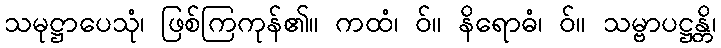
သမုဋ္ဌာပေသုံ၊ ဖြစ်ကြကုန်၏။ ကထံ၊ ဝ်။ နိရောဓံ၊ ဝ်။ သမ္ဗာပဋ္ဌန္တိ၊